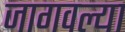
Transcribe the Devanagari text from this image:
जागवल्या